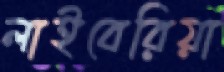
লাইবেরিয়া